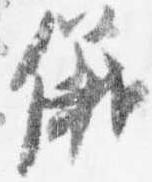
儀